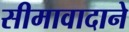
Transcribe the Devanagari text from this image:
सीमावादाने